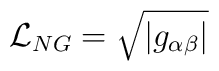
{\cal L}_{NG} = \sqrt{| g_{\alpha \beta}|}